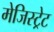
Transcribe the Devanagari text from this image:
मेजिस्ट्रेट